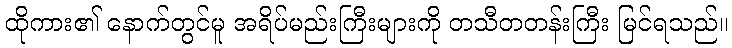
ထိုကား၏ နောက်တွင်မူ အရိပ်မည်းကြီးများကို တသီတတန်းကြီး မြင်ရသည်။